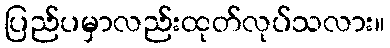
ပြည်ပမှာလည်းထုတ်လုပ်သလား။